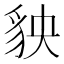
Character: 𧲱